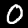
Label: 0